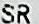
SR